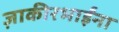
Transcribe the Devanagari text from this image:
ज़ाकीरभाईंना